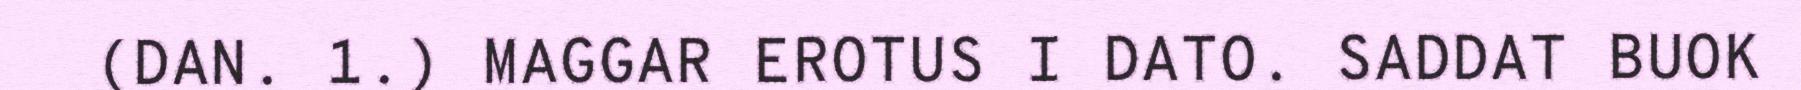
(DAN. 1.) MAGGAR EROTUS I DATO. SADDAT BUOK